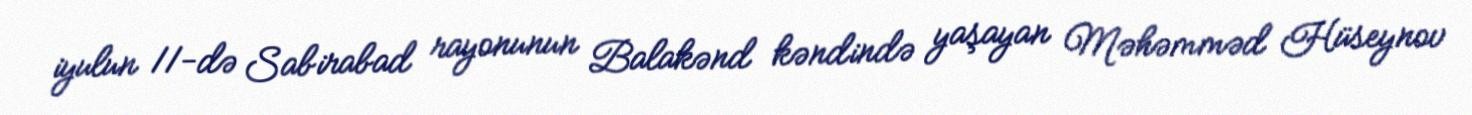
iyulun 11-də Sabirabad rayonunun Balakənd kəndində yaşayan Məhəmməd Hüseynov